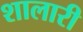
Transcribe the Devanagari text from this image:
शालारी